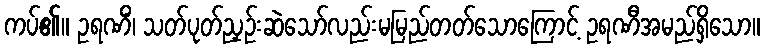
ကပ်၏။ ဥရဏိံ၊ သတ်ပုတ်ညှဉ်းဆဲသော်လည်းမမြည်တတ်သောကြောင့် ဥရဏီအမည်ရှိသော။